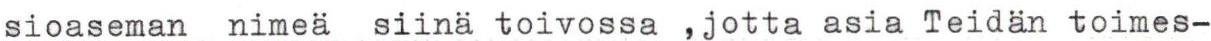
sioaseman, nimeä siinä toivossa ,jotta asia Teidän toimes-